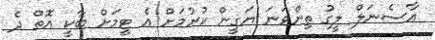
އާސެނަލް ލީގު ތިންވަނަ ޔަގީން ކުރުމަށް އެ ޓީމަށް ބާކީ އޮތް ދެ